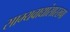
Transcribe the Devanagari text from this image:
साम्यवाद्यांसारख्पा